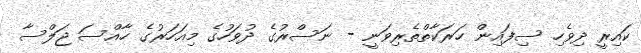
ކައިރީ ދިވެހި ސިފައިން ހަރަކާތްތެރިވަނީ - ނަސްރުގެ ދުވަހުގެ މިއަހަރުގެ ހާއްސަ ޖަލްސާ